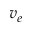
v _ { e }